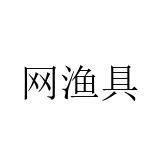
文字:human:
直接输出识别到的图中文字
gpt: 网渔具